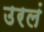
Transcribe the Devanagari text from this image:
उरलं